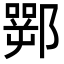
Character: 䣞